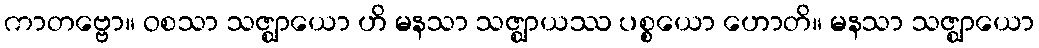
ကာတဗ္ဗော။ ဝစသာ သဇ္ဈာယော ဟိ မနသာ သဇ္ဈာယဿ ပစ္စယော ဟောတိ။ မနသာ သဇ္ဈာယော